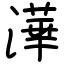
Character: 澕